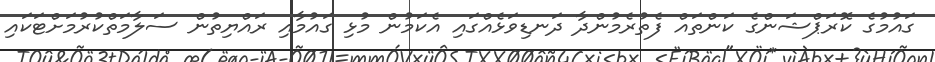
ގައުމުގެ ކޮރަޕްޝަންގެ ކަންތައް ފެތުރެމުންދާ ދަނޑިވަޅެއްގައި އެކަމުން މުޅި ގައުމާއި ރައްޔިތުން ސަލާމަތްކުރުމަށްޓަކައި